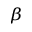
_ { \beta }